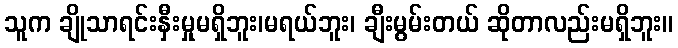
သူက ချိုသာရင်းနှီးမှုမရှိဘူး၊မရယ်ဘူး၊ ချီးမွမ်းတယ် ဆိုတာလည်းမရှိဘူး။